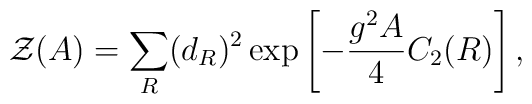
{\cal Z}(A)=\sum_{R} (d_{R})^2 \exp\left[-{{g^2 A}\over 4}C_2(R)\right],